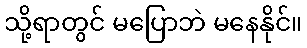
သို့ရာတွင် မပြောဘဲ မနေနိုင်။